38_143685_box_Incident_Summaries_101-172
Agency: Department of War
Page 5
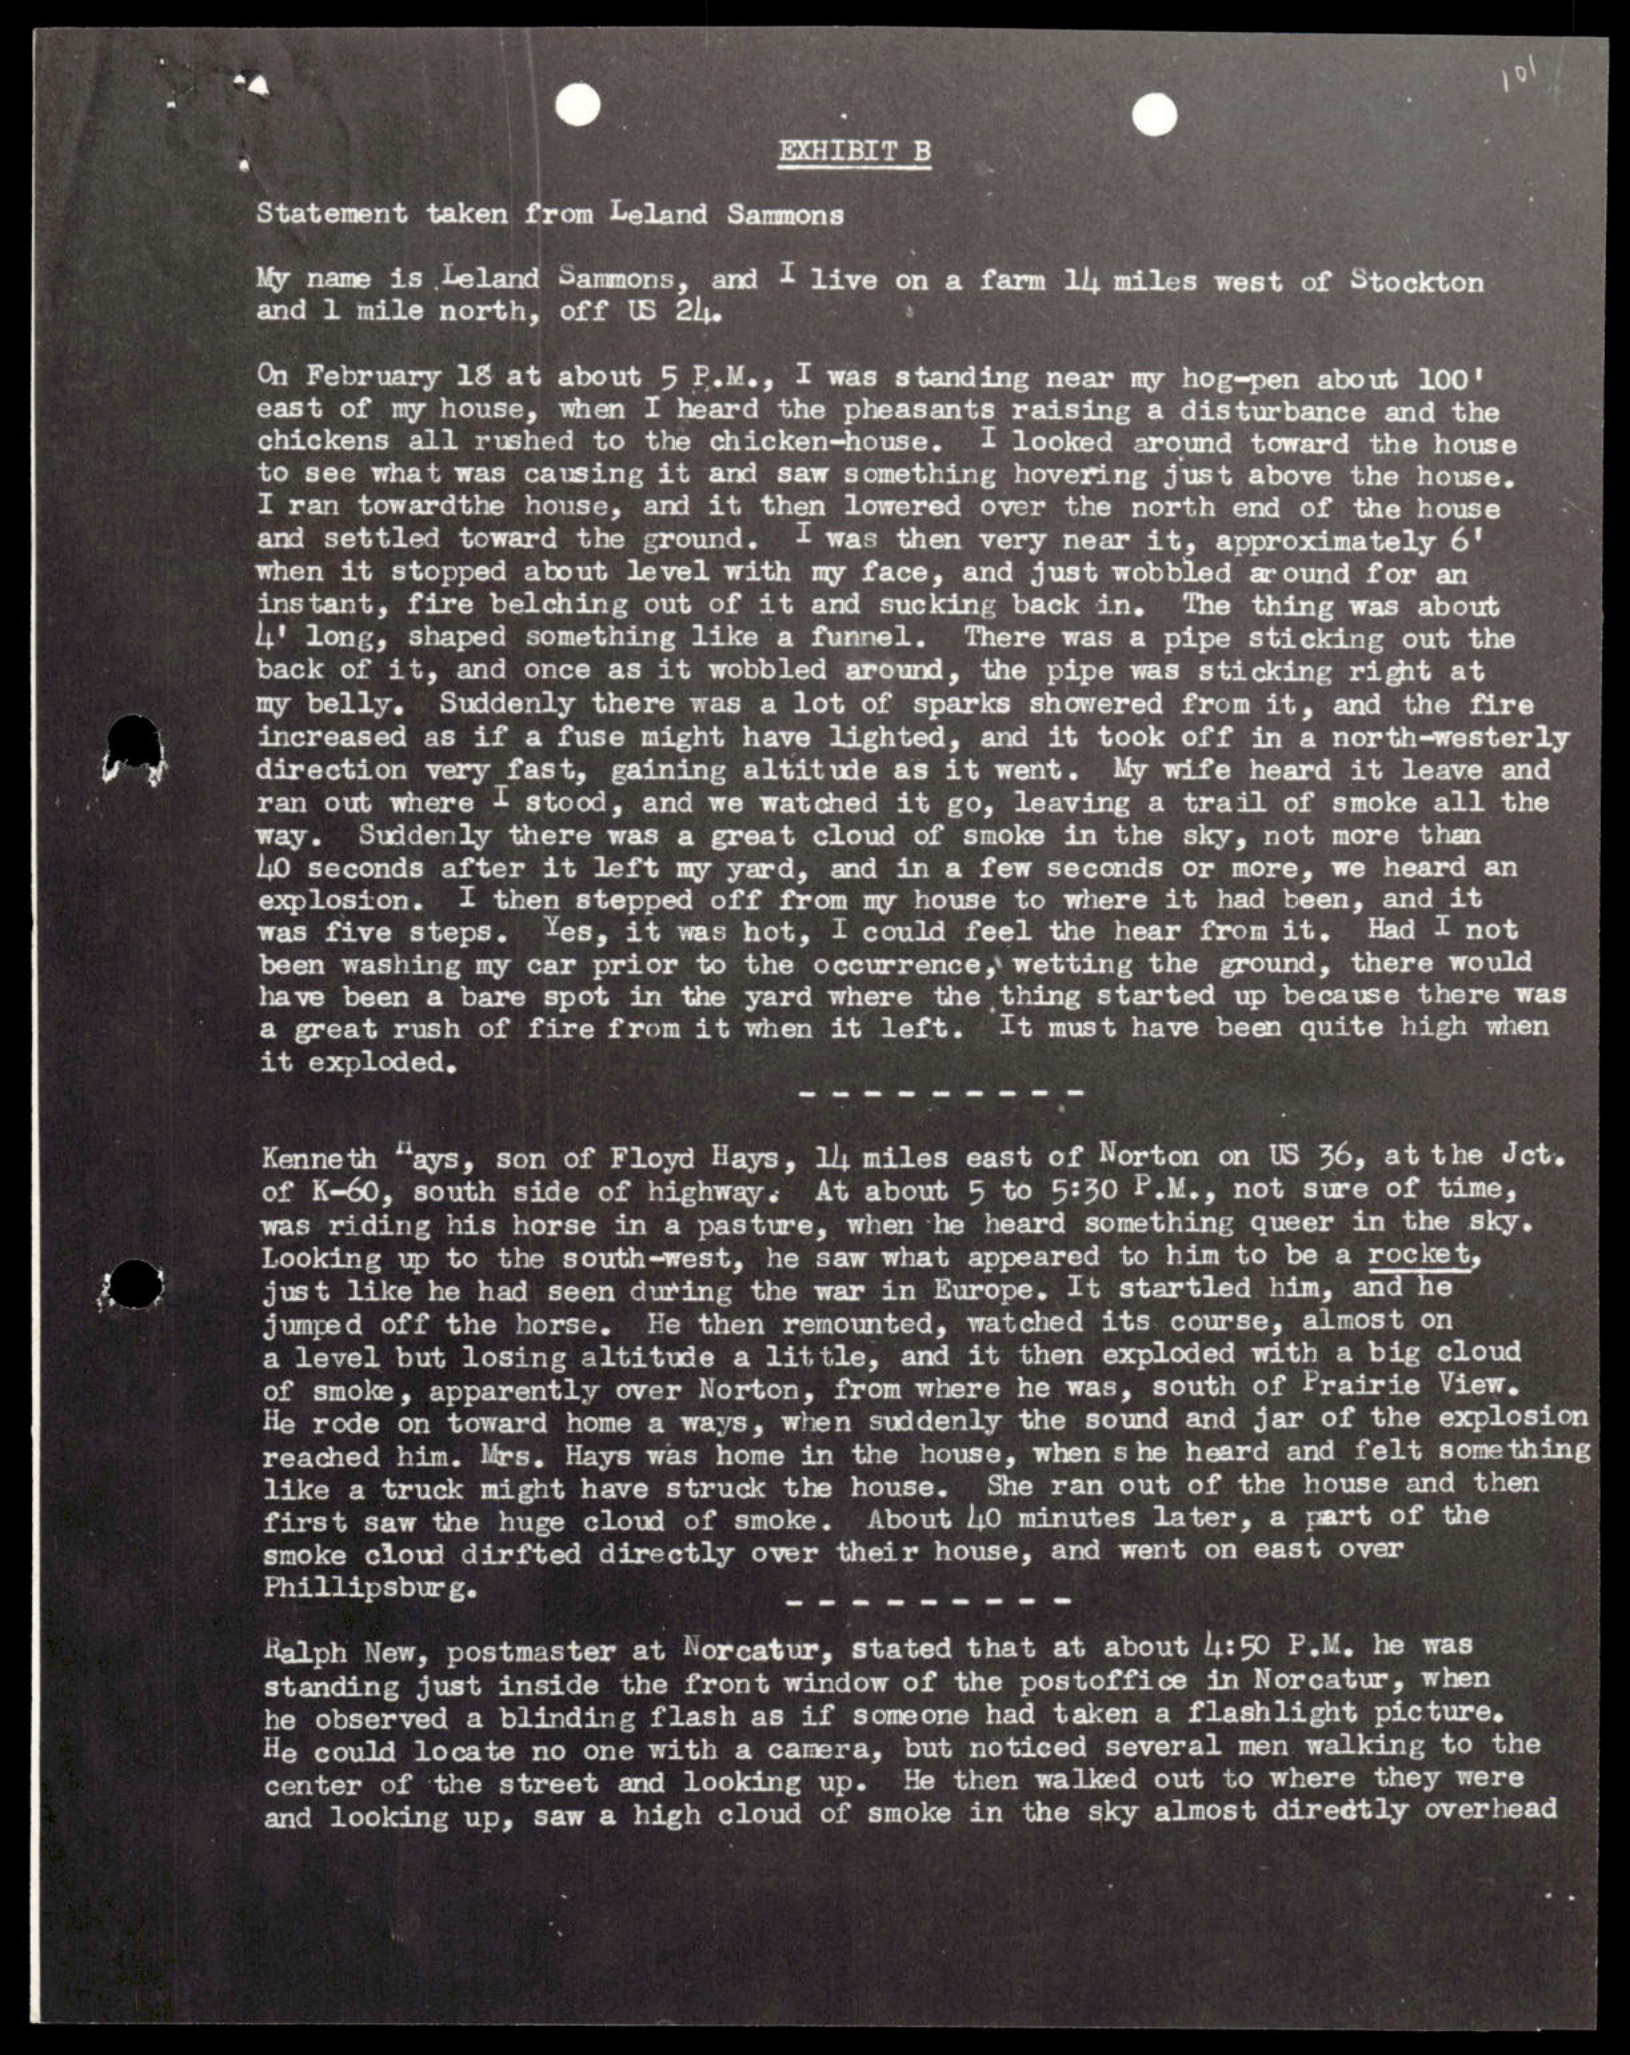